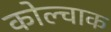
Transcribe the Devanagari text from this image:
कोल्चाक